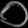
Digit: ၀